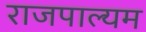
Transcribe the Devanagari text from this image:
राजपाल्यम